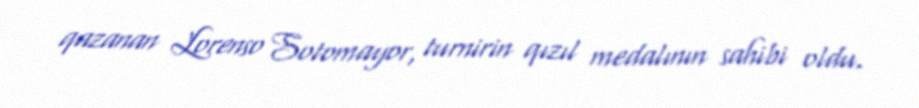
qazanan Lorenso Sotomayor, turnirin qızıl medalının sahibi oldu.